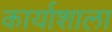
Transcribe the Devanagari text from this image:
कार्याशाला